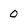
Character: 0